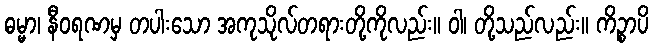
ဓမ္မာ၊ နီဝရဏမှ တပါးသော အကုသိုလ်တရားတို့ကိုလည်း။ ဝါ၊ တို့သည်လည်း။ ကိဉ္စာပိ